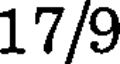
17/9